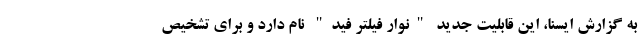
به گزارش ایسنا، این قابلیت جدید "نوار فیلتر فید" نام دارد و برای تشخیص